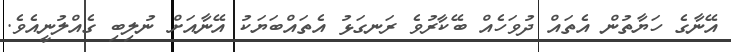
އޭނާގެ ހަޔާތުން އެތައް ދުވަހެއް ބޭކާރުވެ ރަނގަޅު އެތައްބަޔަކު އޭނާއަށް ނުލިބި ގެއްލުނީއެވެ.